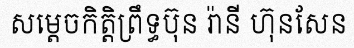
សម្តេចកិត្តិព្រឹទ្ធប៊ុន រ៉ានី ហ៊ុនសែន